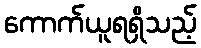
ကောက်ယူရရှိသည့်